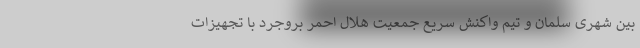
بین شهری سلمان و تیم واکنش سریع جمعیت هلال احمر بروجرد با تجهیزات